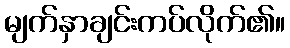
မျက်နှာချင်းကပ်လိုက်၏။